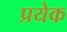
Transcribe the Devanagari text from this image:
प्रयेक